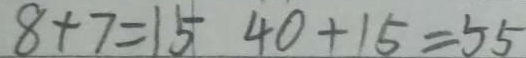
8 + 7 = 1 5 4 0 + 1 5 = 5 5